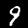
Label: 9